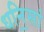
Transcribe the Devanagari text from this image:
धनि॒सां